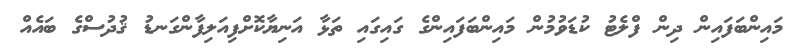
މައިންބަފައިން ދިން ފްލެޓު ކުޑަވުމުން މައިންބަފައިންގެ ގައިގައި ތަޅާ އަނިޔާކޮށްފިއަލިފާންގަނޑު ޤުދުސްގެ ބައެއް